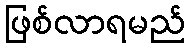
ဖြစ်လာရမည်